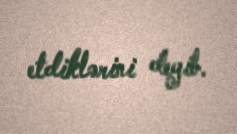
etdiklərini deyib.